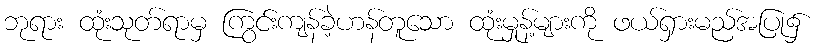
ဘုရား ထုံးသုတ်ရာမှ ကြွင်းကျန်ခဲ့ဟန်တူသော ထုံးမှုန့်များကို ဖယ်ရှားမည်အပြု၌